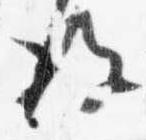
後